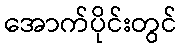
အောက်ပိုင်းတွင်